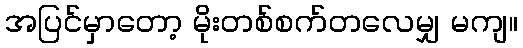
အပြင်မှာတော့ မိုးတစ်စက်တလေမျှ မကျ။